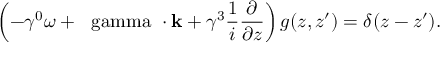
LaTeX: \left( - \gamma ^ { 0 } \omega + { \bf \mathrm { \boldmath ~ \ g a m m a ~ } \cdot k } + \gamma ^ { 3 } { \frac { 1 } { i } } { \frac { \partial } { \partial z } } \right) g ( z , z ^ { \prime } ) = \delta ( z - z ^ { \prime } ) .